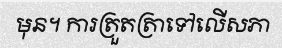
មុន។ ការត្រួតត្រាទៅលើសភា